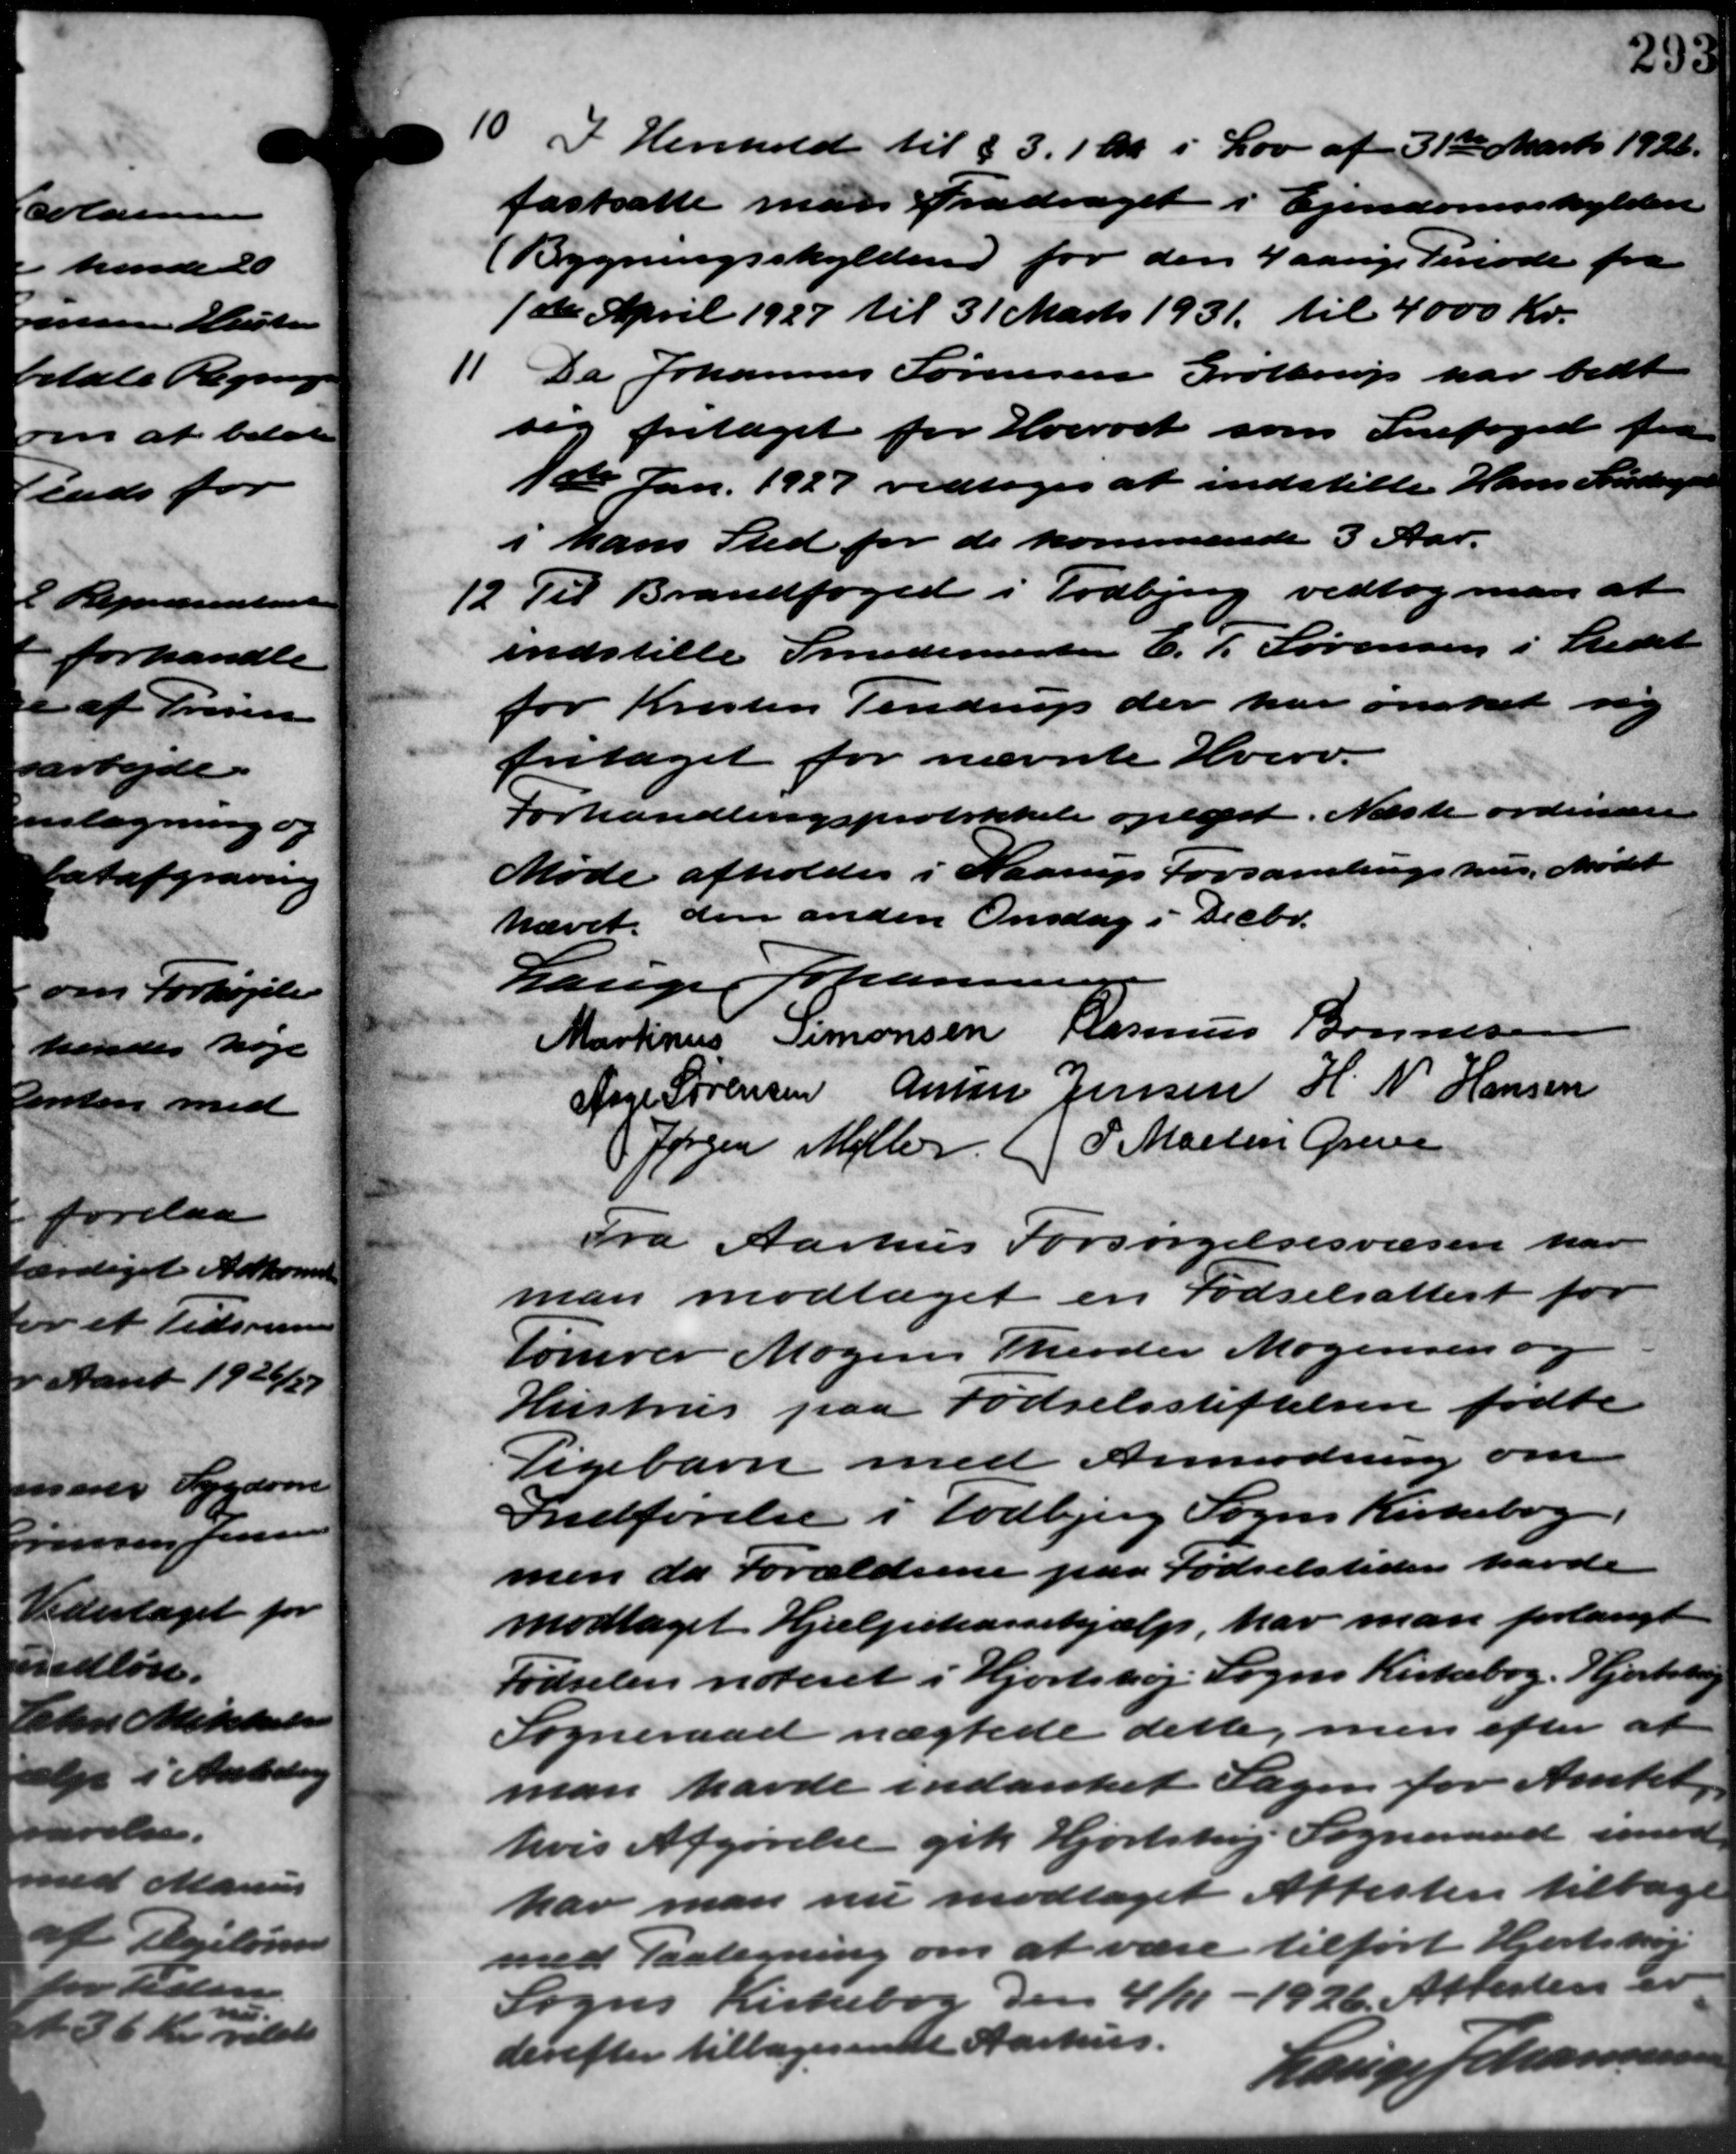
Transskription:
10 I Henhold til §3.1 kr. i Lov af 31te Marts 1928.
10 I Henhold til §3.1 kr. i Lov af 31te Marts 1928.
fastsatte man Fradraget i Ejendomsskylden
(Bygningsskylden for den 4 aarige Periode fra
1ste April 1927 til 31 Marts 1931 til 4000 Kr.
11 Da Johannes Sørensen Grøttrup har bedt
11 Da Johannes Sørensen Grøttrup har bedt
sig fritaget for Hvervet som Snefoged fra
1ste Jan. 1927 vedtoges at indstille Hans Søndersen
i hans Sted for de kommende 3 Aar.
12 Til Brandfoged i Todbjerg vedtog man at
12 Til Brandfoged i Todbjerg vedtog man at
indstille Smedemester E. P. Sørensen i Stedet
for Kristen Tendrup der har ønsket sig
fritaget for nævnte Hverv.
Forhandlingsprotokket oplæst. Næste ordinære
Møde afholdes i Haarup Forsamlingshus. Mødet
hævet den anden Onsdag i Decbr.
Lauge Johannesen
Martinus Simonsen Rasmus Bonnesen
Aage Sørensen Anna Jensen H. N. Hansen
Jørgen Møller P. Martin Greve
Fra Aarhus Forsørgelsesvæsen har
man modtaget en Fødselsattest for
Tømrer Mogens Theodor Mogensen og
Hustrus paa Fødselsstiftelsen fødte
Pigebarn med Anmodning om
Indførelse i Todbjerg Sogns Kirkebog.
men da Forældrene paa Fødselstiden havde
modtaget Hjælpekassehjælp, har man forlangt
Fødselen noteret i Hjortshøj Sogns Kirkebog. Hjortshøj
Sogneraad nægtede dette, men efter at
man havde indanket Sagen for Amtet.
hvis Afgørelse gik Hjortshøj Sogneraad imod
har man nu modtaget Attesten tilbage
med Paategning om at være tilført Hjortshøj
Sogns Kirkebog den 4/11 – 1926. Attesten er
derefter tilbagesendt Aarhus.
Lauge Johannesen